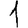
Digit: 1